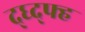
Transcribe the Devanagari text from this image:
द्घ्द्फ्ह